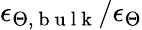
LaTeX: \epsilon_{\Theta,\mathrm{~b~u~l~k~}}/\epsilon_{\Theta}